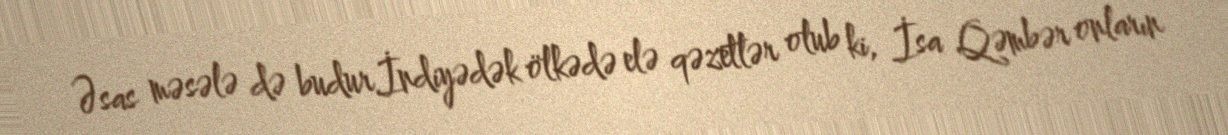
Əsas məsələ də budur.İndiyədək ölkədə elə qəzetlər olub ki, İsa Qəmbər onların